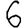
Digit: 6